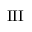
\mathrm { I I I }